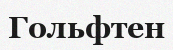
Гольфтен